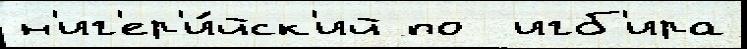
н'иг'ер'и́йск'ий по  игб'ира